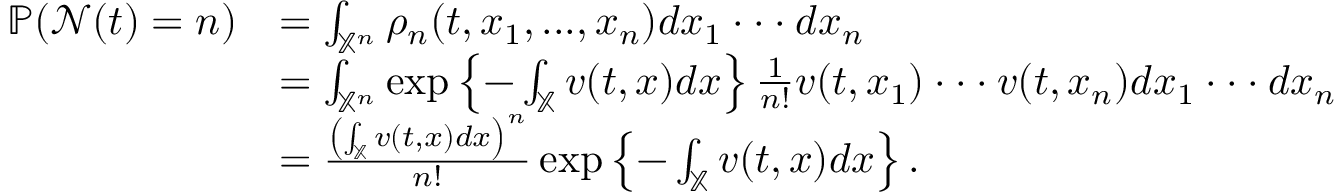
\begin{array} { r l } { \mathbb { P } ( \mathcal { N } ( t ) = n ) } & { = \int _ { \mathbb { X } ^ { n } } \rho _ { n } ( t , x _ { 1 } , . . . , x _ { n } ) d x _ { 1 } \cdot \cdot \cdot d x _ { n } } \\ & { = \int _ { \mathbb { X } ^ { n } } \exp \left\{ - \int _ { \mathbb { X } } v ( t , x ) d x \right\} \frac { 1 } { n ! } v ( t , x _ { 1 } ) \cdot \cdot \cdot v ( t , x _ { n } ) d x _ { 1 } \cdot \cdot \cdot d x _ { n } } \\ & { = \frac { \left( \int _ { \mathbb { X } } v ( t , x ) d x \right) ^ { n } } { n ! } \exp \left\{ - \int _ { \mathbb { X } } v ( t , x ) d x \right\} . } \end{array}